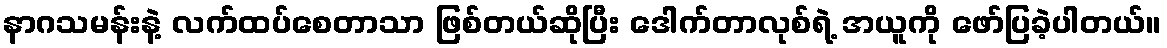
နာဂသမန်းနဲ့ လက်ထပ်စေတာသာ ဖြစ်တယ်ဆိုပြီး ဒေါက်တာလုစ်ရဲ့ အယူကို ဖော်ပြခဲ့ပါတယ်။